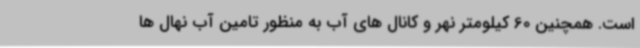
است. همچنین 60 کیلومتر نهر و کانال های آب به منظور تامین آب نهال ها